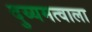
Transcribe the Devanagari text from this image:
दुय्यमत्वाला